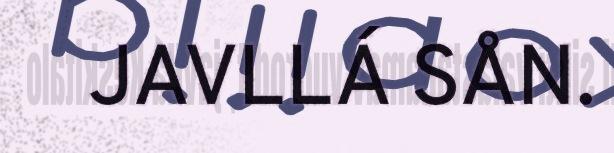
JAVLLÁ SÅN.